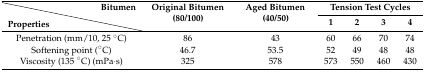
|  | Bitumen | <ROWSPAN=2> Original Bitumen (80/100) | <ROWSPAN=2> Aged Bitumen (40/50) | <COLSPAN=4> Tension Test Cycles |
 | Properties |  | 1 | 2 | 3 | 4 |
 | --- | --- | --- | --- | --- | --- | --- | --- |
 | <COLSPAN=2> Penetration (mm/10, 25 °C) | 86 | 43 | 60 | 66 | 70 | 74 |
 | <COLSPAN=2> Softening point (°C) | 46.7 | 53.5 | 52 | 49 | 48 | 48 |
 | <COLSPAN=2> Viscosity (135 °C) (mPa·s) | 325 | 578 | 573 | 550 | 460 | 430 |